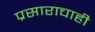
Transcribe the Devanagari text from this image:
प्रसाराचाही